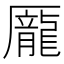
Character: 龎